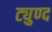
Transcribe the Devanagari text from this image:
ट्युण्द